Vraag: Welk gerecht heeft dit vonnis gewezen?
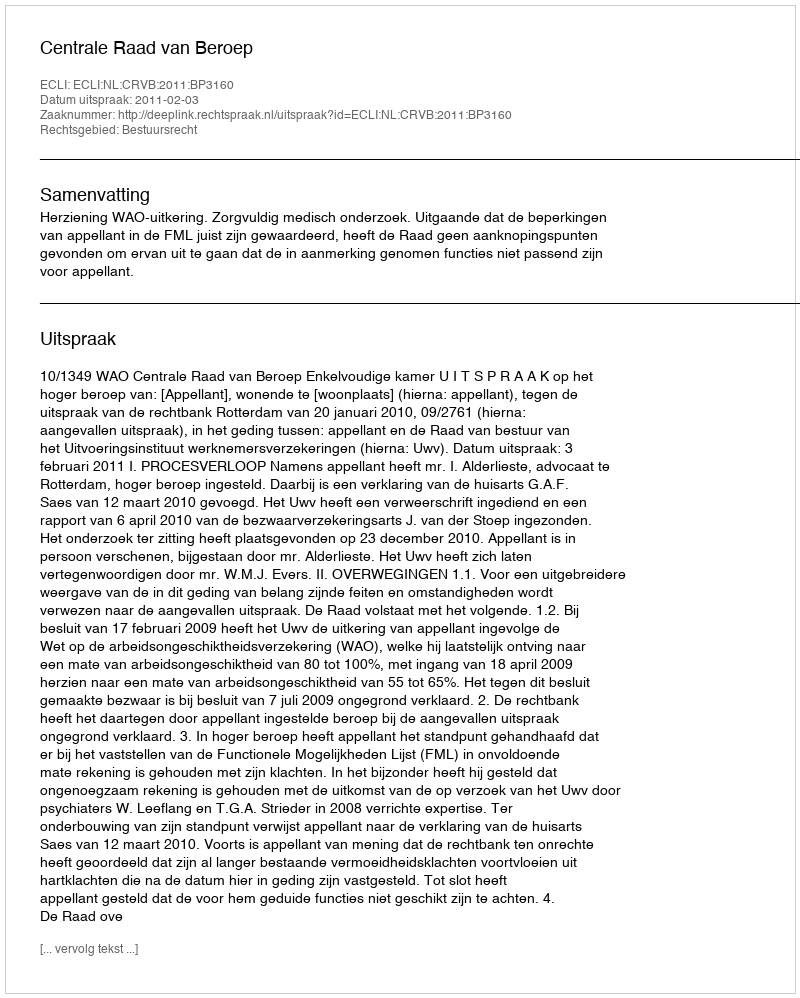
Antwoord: Centrale Raad van Beroep